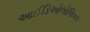
આઈડિઓલોજિકલ